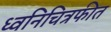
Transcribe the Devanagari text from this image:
ध्वनिचित्रफीत